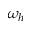
\omega _ { h }